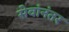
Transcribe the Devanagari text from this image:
सेवांनंतर